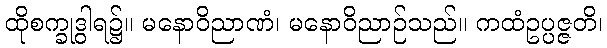
ထိုစက္ခုဒွါရ၌။ မနောဝိညာဏံ၊ မနောဝိညာဉ်သည်။ ကထံဥပ္ပဇ္ဇတိ၊